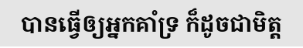
បានធ្វើឲ្យអ្នកគាំទ្រ ក៏ដូចជាមិត្ត